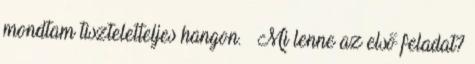
mondtam tiszteletteljes hangon. – Mi lenne az első feladat?